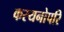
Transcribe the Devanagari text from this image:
कस्यनोपरि